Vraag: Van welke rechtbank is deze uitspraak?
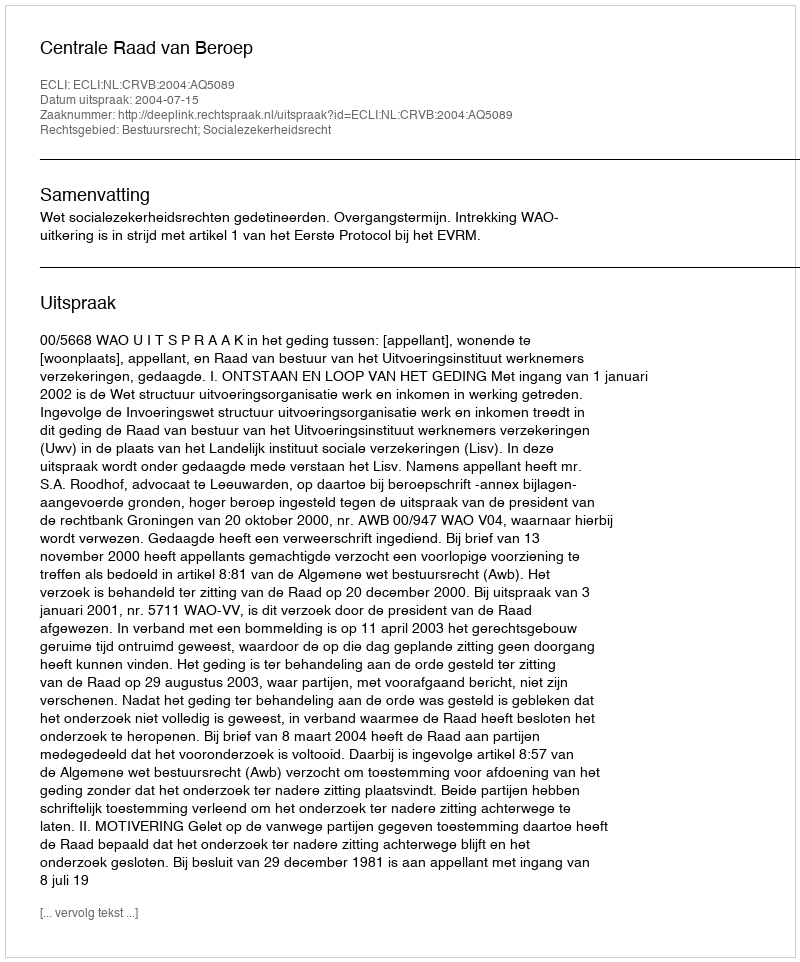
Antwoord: Centrale Raad van Beroep